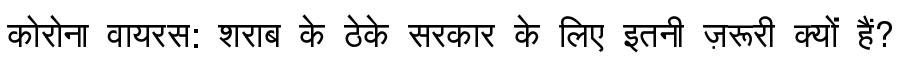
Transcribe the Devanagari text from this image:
कोरोना वायरस: शराब के ठेके सरकार के लिए इतनी ज़रूरी क्यों हैं?